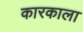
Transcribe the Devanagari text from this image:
कारकाला